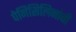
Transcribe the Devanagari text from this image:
पेनिसिलिनांची